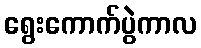
ရွေးကောက်ပွဲကာလ